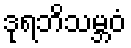
ဒုရဘိသမ္ဘဝံ